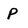
Character: P